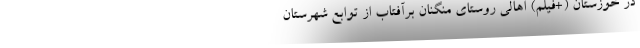
در خوزستان (+فیلم) اهالی روستای مُنگنان برآفتاب از توابع شهرستان